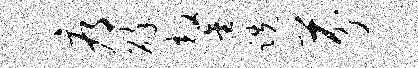
辱碎鏊跣芬